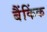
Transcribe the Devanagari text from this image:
बैंकिंक